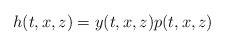
LaTeX: \begin{align*}h(t,x,z)=y(t,x,z)p(t,x,z)\end{align*}